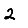
Digit: 2